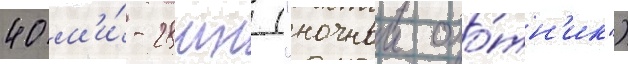
40 м'и́-28мн ("ночнои охо́тн'ик")